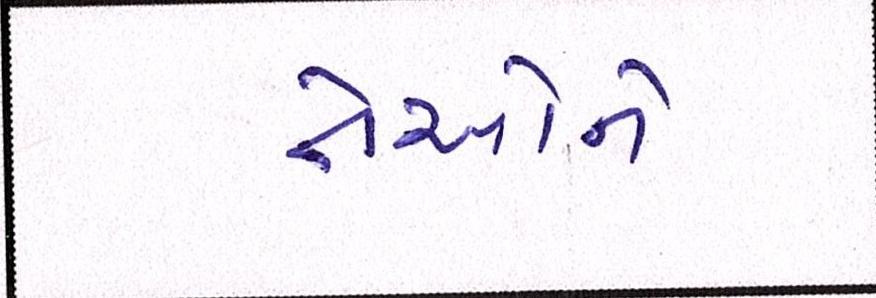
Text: તેઓનો